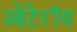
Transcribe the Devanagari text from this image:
ओटेरॉय